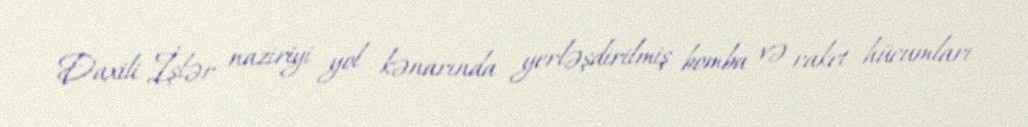
Daxili İşlər naziriyi yol kənarında yerləşdirilmiş bomba və raket hücumları